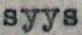
syys